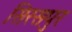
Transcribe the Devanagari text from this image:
सिरसपुर